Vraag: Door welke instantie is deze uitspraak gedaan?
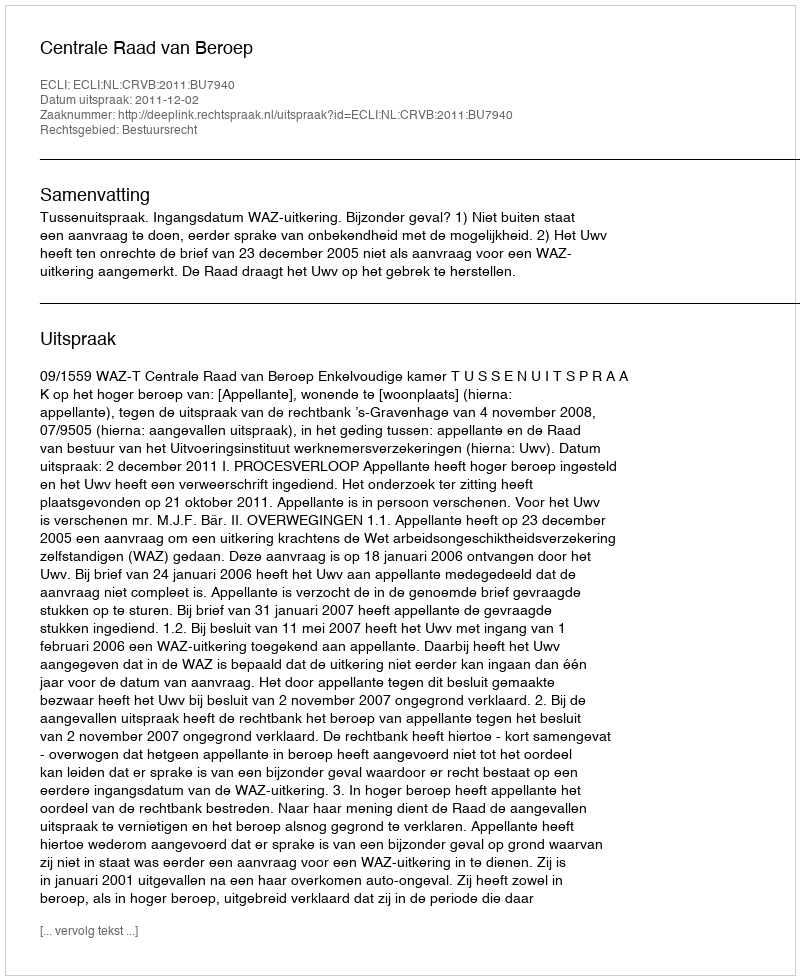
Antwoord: Centrale Raad van Beroep